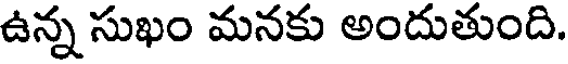
ఉన్న సుఖం మనకు అందుతుంది.